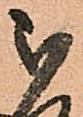
被